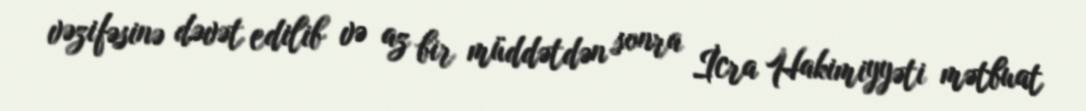
vəzifəsinə dəvət edilib və az bir müddətdən sonra İcra Hakimiyyəti mətbuat